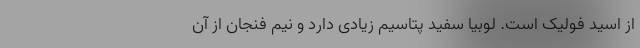
از اسید فولیک است. لوبیا سفید پتاسیم زیادی دارد و نیم فنجان از آن